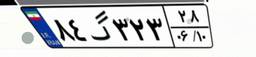
۸۴گ۳۲۳۲۸